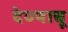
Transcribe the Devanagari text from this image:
देण्याचू